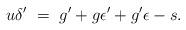
LaTeX: \begin{align*}u\delta' \ =\ g'+g\epsilon'+g'\epsilon-s. \end{align*}